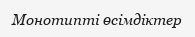
Монотипті өсімдіктер